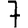
Digit: 7